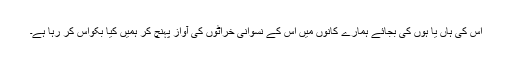
اس کی ہاں یا ہوں کی بجائے ہمارے کانوں میں اس کے نسوانی خراٹوں کی آواز پہنچ کر ہمیں کیا بکواس کر رہا ہے۔